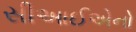
સીઆઈએનો